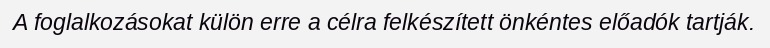
A foglalkozásokat külön erre a célra felkészített önkéntes előadók tartják.